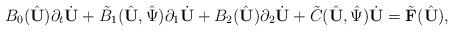
LaTeX: \begin{align*}B_0(\hat{{\mathbf U}})\partial_t\dot{{\mathbf U}}+\tilde{B}_1(\hat{{\mathbf U}},\hat{\Psi})\partial_1\dot{{\mathbf U}}+B_2(\hat{{\mathbf U}})\partial_2\dot{{\mathbf U}}+\tilde{C}(\hat{{\mathbf U}},\hat{\Psi})\dot{{\mathbf U}}=\tilde{\mathbf F}(\hat{{\mathbf U}}),\end{align*}